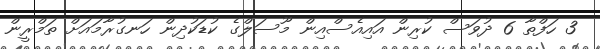
3 ހަފްތާ 6 ދުވަސް ކުރިން އައިއެސްއިން މޫސަލްގެ ކުޑަކުދިން ހަނގުރާމައަށް ތަމްރީން